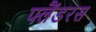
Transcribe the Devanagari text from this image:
फ्लैंडरस